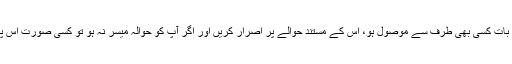
لہٰذا جب بھی آپ کو کوئی پیغام یا کوئی بات کسی بھی طرف سے موصول ہو، اس کے مستند حوالے پر اصرار کریں اور اگر آپ کو حوالہ میسر نہ ہو تو کسی صورت اس پیغام کو آگے پھیلانے کا موجب نہ بنیں۔